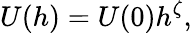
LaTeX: U(h)=U(0)h^{\zeta},